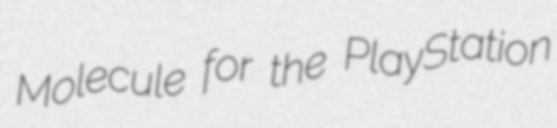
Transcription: Molecule for the PlayStation